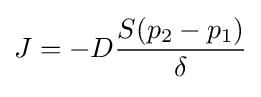
{\bigg .}J=-D{\frac {S(p_{2}-p_{1})}{\delta }}{\bigg .}